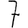
Digit: 7